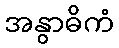
အနွာဓိကံ